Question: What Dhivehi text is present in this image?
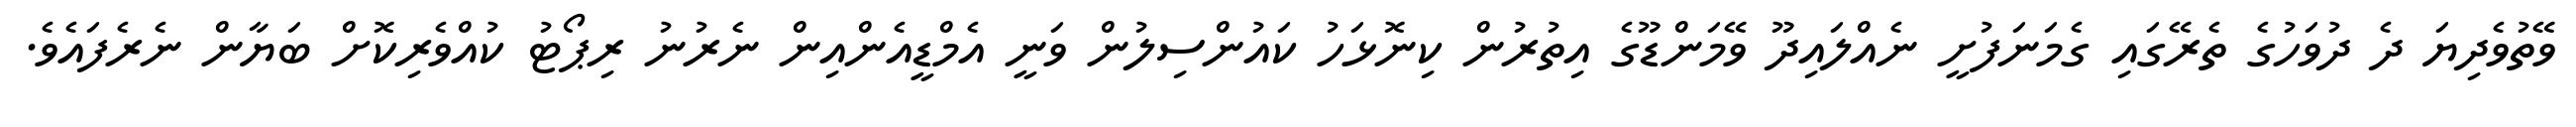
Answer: ވޭތުވެދިޔަ ދެ ދުވަހުގެ ތެރޭގައި ގެމަނަފުށީ ނެއްލައިދޫ ވޭމަންޑޫގެ އިތުރުން ކިނޮޅަހު ކައުންސިލުން ވަނީ އެމްޑީއެންއިން ނެރުނު ރިޕޯޓު ކުއްވެރިކޮށް ބަޔާން ނެރެފައެވެ.